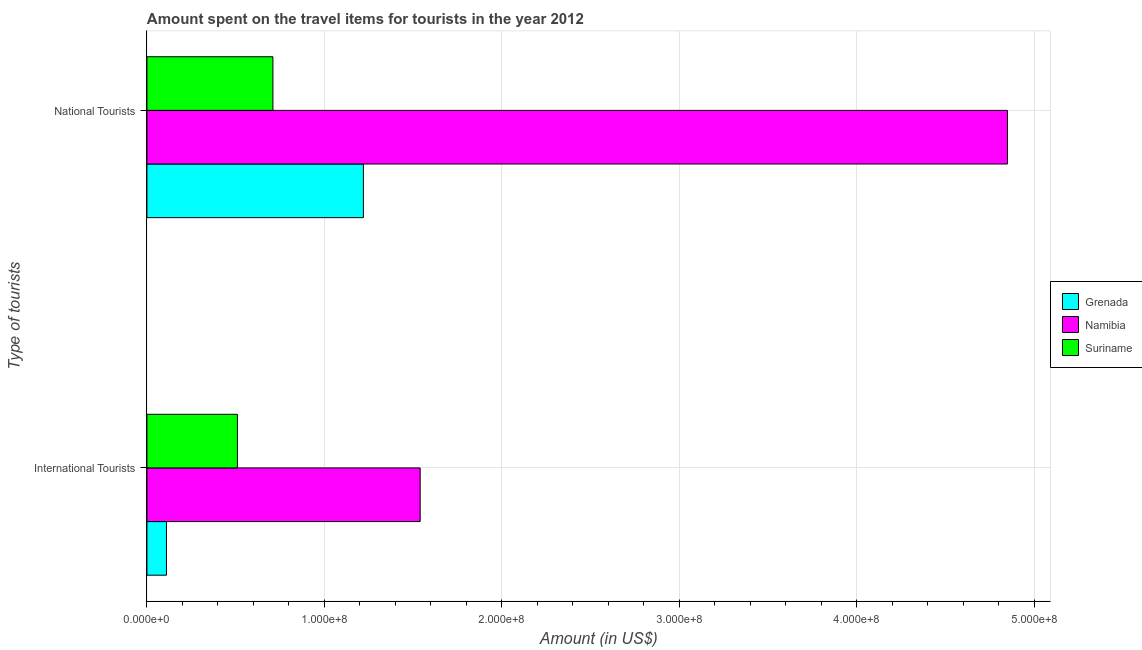
| Type of tourists | Grenada | Namibia | Suriname |
 | --- | --- | --- | --- |
 | International Tourists | 1.1e+07 | 1.54e+08 | 5.1e+07 |
 | National Tourists | 1.22e+08 | 4.85e+08 | 7.1e+07 |